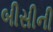
બીસીની